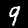
Digit: 9